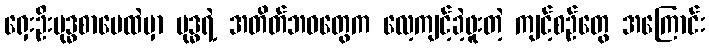
ရှေးဦးဗုဒ္ဓစာပေထဲမှာ ဗုဒ္ဓရဲ့ အတိတ်ဘဝတွေက လေ့ကျင့်ခဲ့ဖူးတဲ့ ကျင့်စဉ်တွေ အကြောင်း